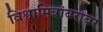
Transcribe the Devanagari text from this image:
विश्वामित्रांबरोबर